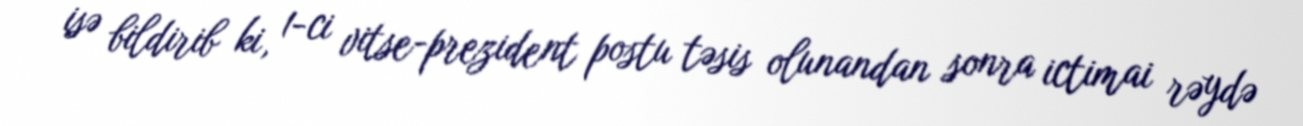
isə bildirib ki, 1-ci vitse-prezident postu təsis olunandan sonra ictimai rəydə